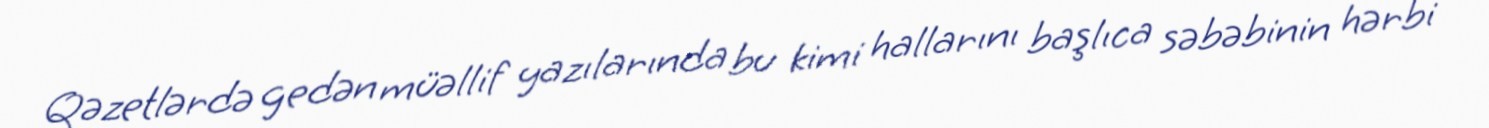
Qəzetlərdə gedən müəllif yazılarında bu kimi hallarını başlıca səbəbinin hərbi